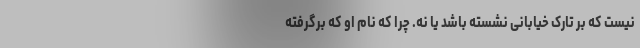
نیست که بر تارک خیابانی نشسته باشد یا نه. چرا که نام او که برگرفته